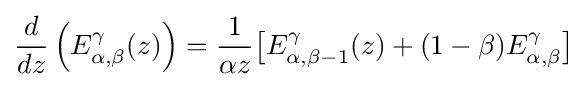
{\frac {d}{dz}}\left(E_{\alpha ,\beta }^{\gamma }(z)\right)={\frac {1}{\alpha z}}{\big [}E_{\alpha ,\beta -1}^{\gamma }(z)+(1-\beta )E_{\alpha ,\beta }^{\gamma }{\big ]}